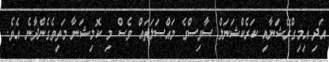
އަދި އިމިގްރޭޝަނާއި ކަރެކްޝަނަލް ސާވިސްގެ މައްސަލަތައް ވެސް މި ކޮމިޝަނާ މަތިވެގެންދާނެ އެވެ.